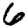
Digit: 6